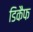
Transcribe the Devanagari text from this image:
डिकैफ